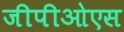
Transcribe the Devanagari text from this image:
जीपीओएस